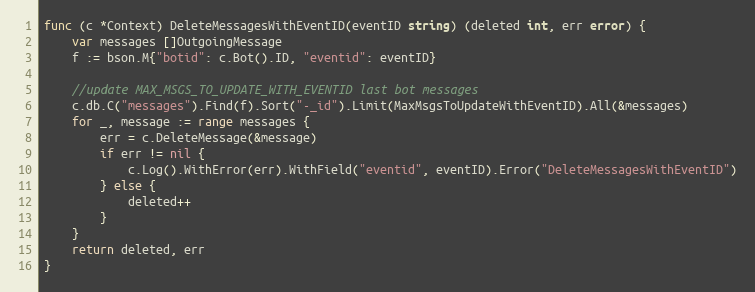
Language: Go
func (c *Context) DeleteMessagesWithEventID(eventID string) (deleted int, err error) {
	var messages []OutgoingMessage
	f := bson.M{"botid": c.Bot().ID, "eventid": eventID}

	//update MAX_MSGS_TO_UPDATE_WITH_EVENTID last bot messages
	c.db.C("messages").Find(f).Sort("-_id").Limit(MaxMsgsToUpdateWithEventID).All(&messages)
	for _, message := range messages {
		err = c.DeleteMessage(&message)
		if err != nil {
			c.Log().WithError(err).WithField("eventid", eventID).Error("DeleteMessagesWithEventID")
		} else {
			deleted++
		}
	}
	return deleted, err
}